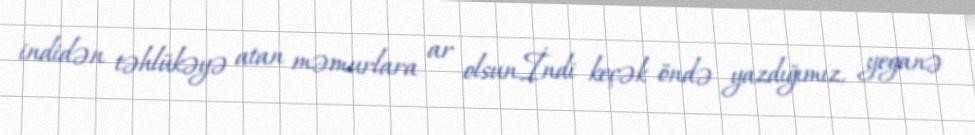
indidən təhlükəyə atan məmurlara ar olsun.İndi keçək öndə yazdığımız, yeganə